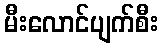
မီးလောင်ပျက်စီး